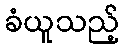
ခံယူသည့်